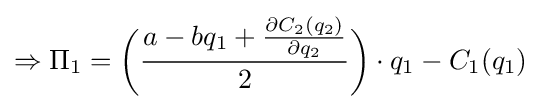
\Rightarrow \Pi _{1}={\bigg (}{\frac {a-bq_{1}+{\frac {\partial C_{2}(q_{2})}{\partial q_{2}}}}{2}}{\bigg )}\cdot q_{1}-C_{1}(q_{1})